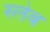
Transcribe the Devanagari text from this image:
स्लेब